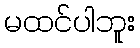
မထင်ပါဘူး